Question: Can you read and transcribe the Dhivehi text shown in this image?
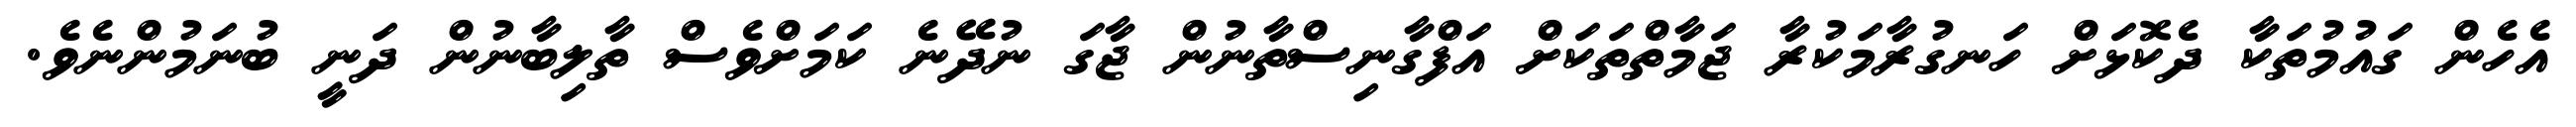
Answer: އެހެން ގައުމުތަކާ ދެކޮޅަށް ހަނގުރާމަކުރާ ޖަމާތްތަކަށް އަފްގާނިސްތާނުން ޖާގަ ނުދޭނެ ކަމަށްވެސް ތާލިބާނުން ދަނީ ބުނަމުންނެވެ.